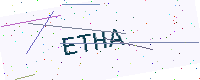
Text: ETHA